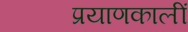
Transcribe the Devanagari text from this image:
प्रयाणकालीं